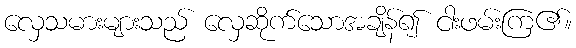
လှေသမားများသည် လှေဆိုက်သောအချိန်၍ ငါးဖမ်းကြ၏။